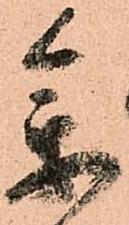
参